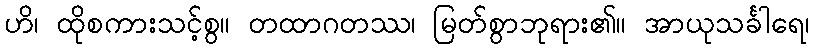
ဟိ၊ ထိုစကားသင့်စွ။ တထာဂတဿ၊ မြတ်စွာဘုရား၏။ အာယုသင်္ခါရေ၊